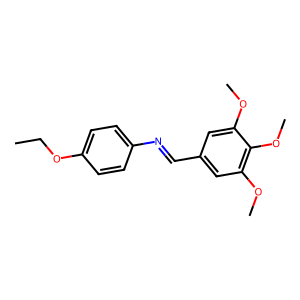
SMILES: CCOc1ccc(N=Cc2cc(OC)c(OC)c(OC)c2)cc1
Inhibits HIV replication: No